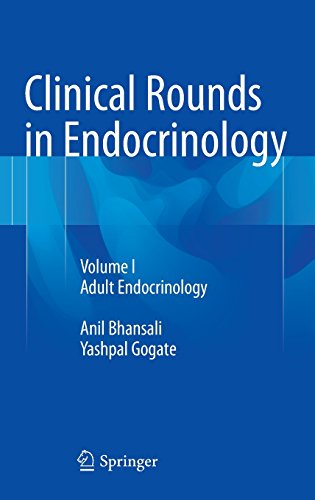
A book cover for Clinical Rounds in Endocrinology: Volume I - Adult Endocrinology; Anil Bhansali; Health, Fitness & Dieting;